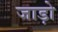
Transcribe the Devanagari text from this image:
जाड़ो